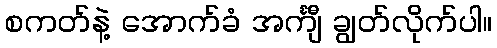
စကတ်နဲ့ အောက်ခံ အင်္ကျီ ချွတ်လိုက်ပါ။